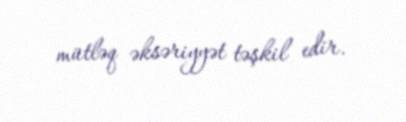
mütləq əksəriyyət təşkil edir.